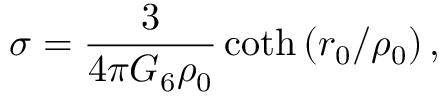
\sigma = \frac { 3 } { 4 \pi G _ { 6 } \rho _ { 0 } } \coth \left( r _ { 0 } / \rho _ { 0 } \right) ,